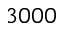
3 0 0 0